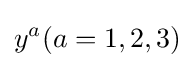
y^{a}(a=1,2,3)